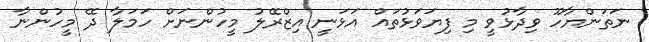
ނަތަންޔާހޫ ވިދާޅުވީ މި ފިޔަވަޅުތައްް އަޅަނީ އިޒްރޭލު މީހުންނަށް ހަމަލާ ދޭ މީހުންނާ